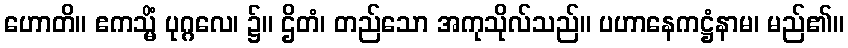
ဟောတိ။ ဧကသ္မိံ ပုဂ္ဂလေ၊ ၌။ ဌိတံ၊ တည်သော အကုသိုလ်သည်။ ပဟာနေကဋ္ဌံနာမ၊ မည်၏။